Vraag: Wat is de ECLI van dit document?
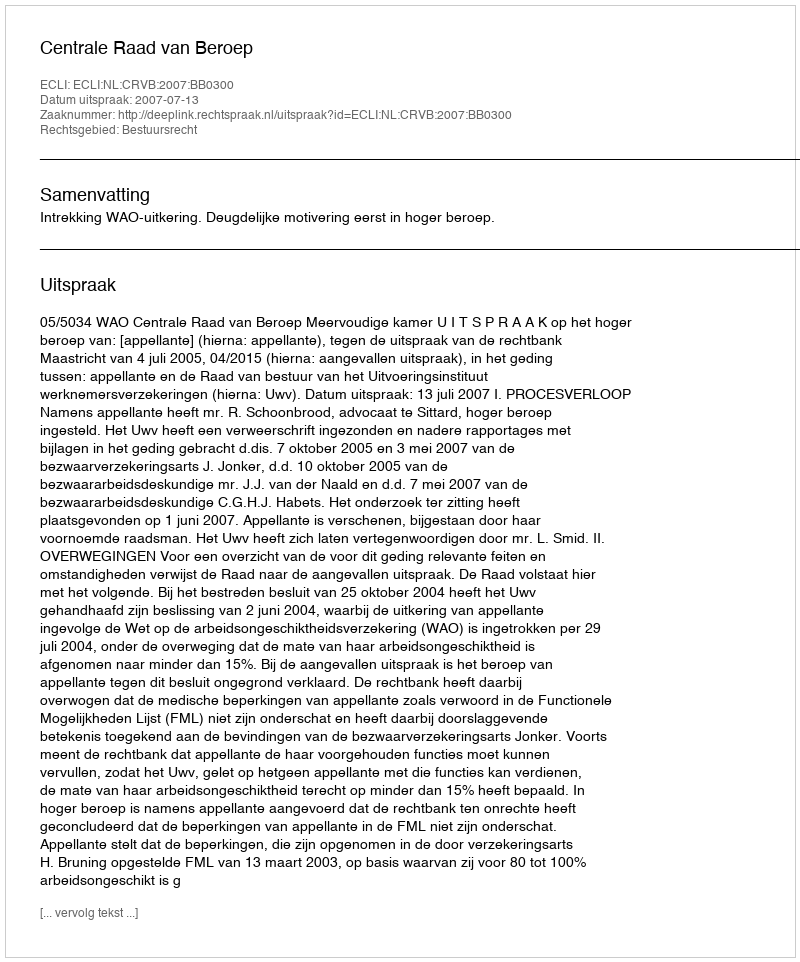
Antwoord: ECLI:NL:CRVB:2007:BB0300